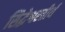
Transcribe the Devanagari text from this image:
सिद्धेश्वरतीर्थ